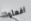
افعلوا